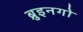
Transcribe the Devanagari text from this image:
ब्रुइनगो